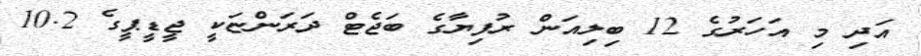
އަދި މި އަހަރުގެ 12 ބިލިއަން ރުފިޔާގެ ބަޖެޓް ދަރަންޏަކީ ޖީޑީޕީގެ 10.2